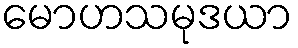
မောဟသမုဒယာ